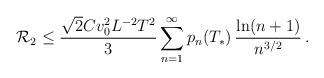
LaTeX: \begin{align*}\mathcal{R}_2\leq \frac{\sqrt{2}Cv^2_0L^{-2} T^2}{3}\sum_{n=1}^\infty p_n(T_*)\, \frac{\ln(n+1)}{n^{3/2}}\,.\end{align*}